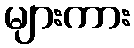
များကား